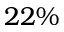
2 2 \%